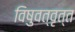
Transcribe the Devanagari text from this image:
विषुवत्‌वृत्त